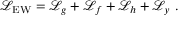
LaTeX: { \mathcal { L } } _ { \mathrm { E W } } = { \mathcal { L } } _ { g } + { \mathcal { L } } _ { f } + { \mathcal { L } } _ { h } + { \mathcal { L } } _ { y } ~ .